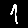
Digit: 1